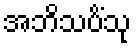
အဘိသပိံသု